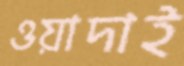
ওয়াদাই